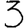
Digit: 3